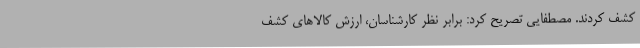
کشف کردند. مصطفایی تصریح کرد: برابر نظر کارشناسان، ارزش کالاهای کشف